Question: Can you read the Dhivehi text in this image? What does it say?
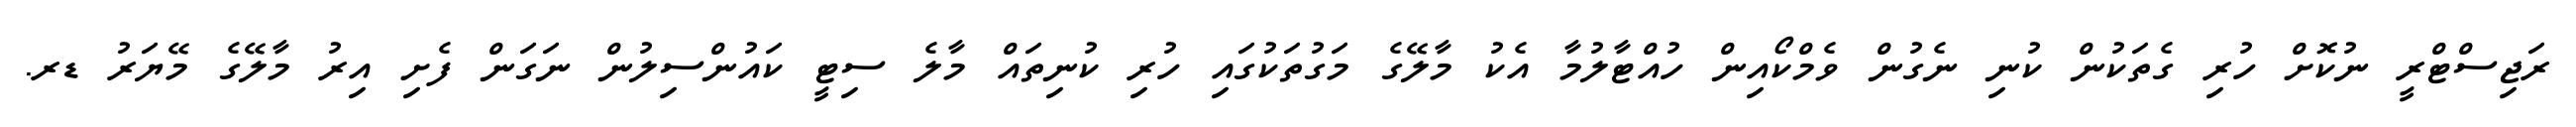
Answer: ރަޖިސްޓްރީ ނުކޮށް ހުރި ގެތަކުން ކުނި ނެގުން ވެމްކޯއިން ހުއްޓާލުމާ އެކު މާލޭގެ މަގުތަކުގައި ހުރި ކުނިތައް މާލެ ސިޓީ ކައުންސިލުން ނަގަން ފެށި އިރު މާލޭގެ މޭޔަރު ޑރ.